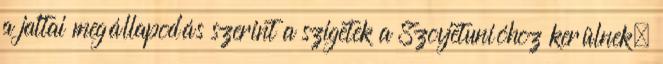
a jaltai megállapodás szerint a szigetek a Szovjetunióhoz kerülnek,